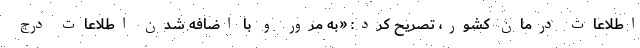
اطلاعات درمان کشور، تصریح کرد: «به مرور و با اضافه شدن اطلاعات درج